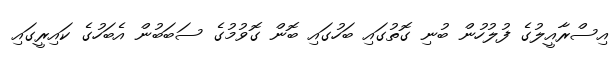
އިސްރާއީލުގެ ފުލުހުން ބުނި ގޮތުގައި ބަހުގައި ބޮން ގޮވުމުގެ ސަބަބުން އެބަހުގެ ކައިރީގައި